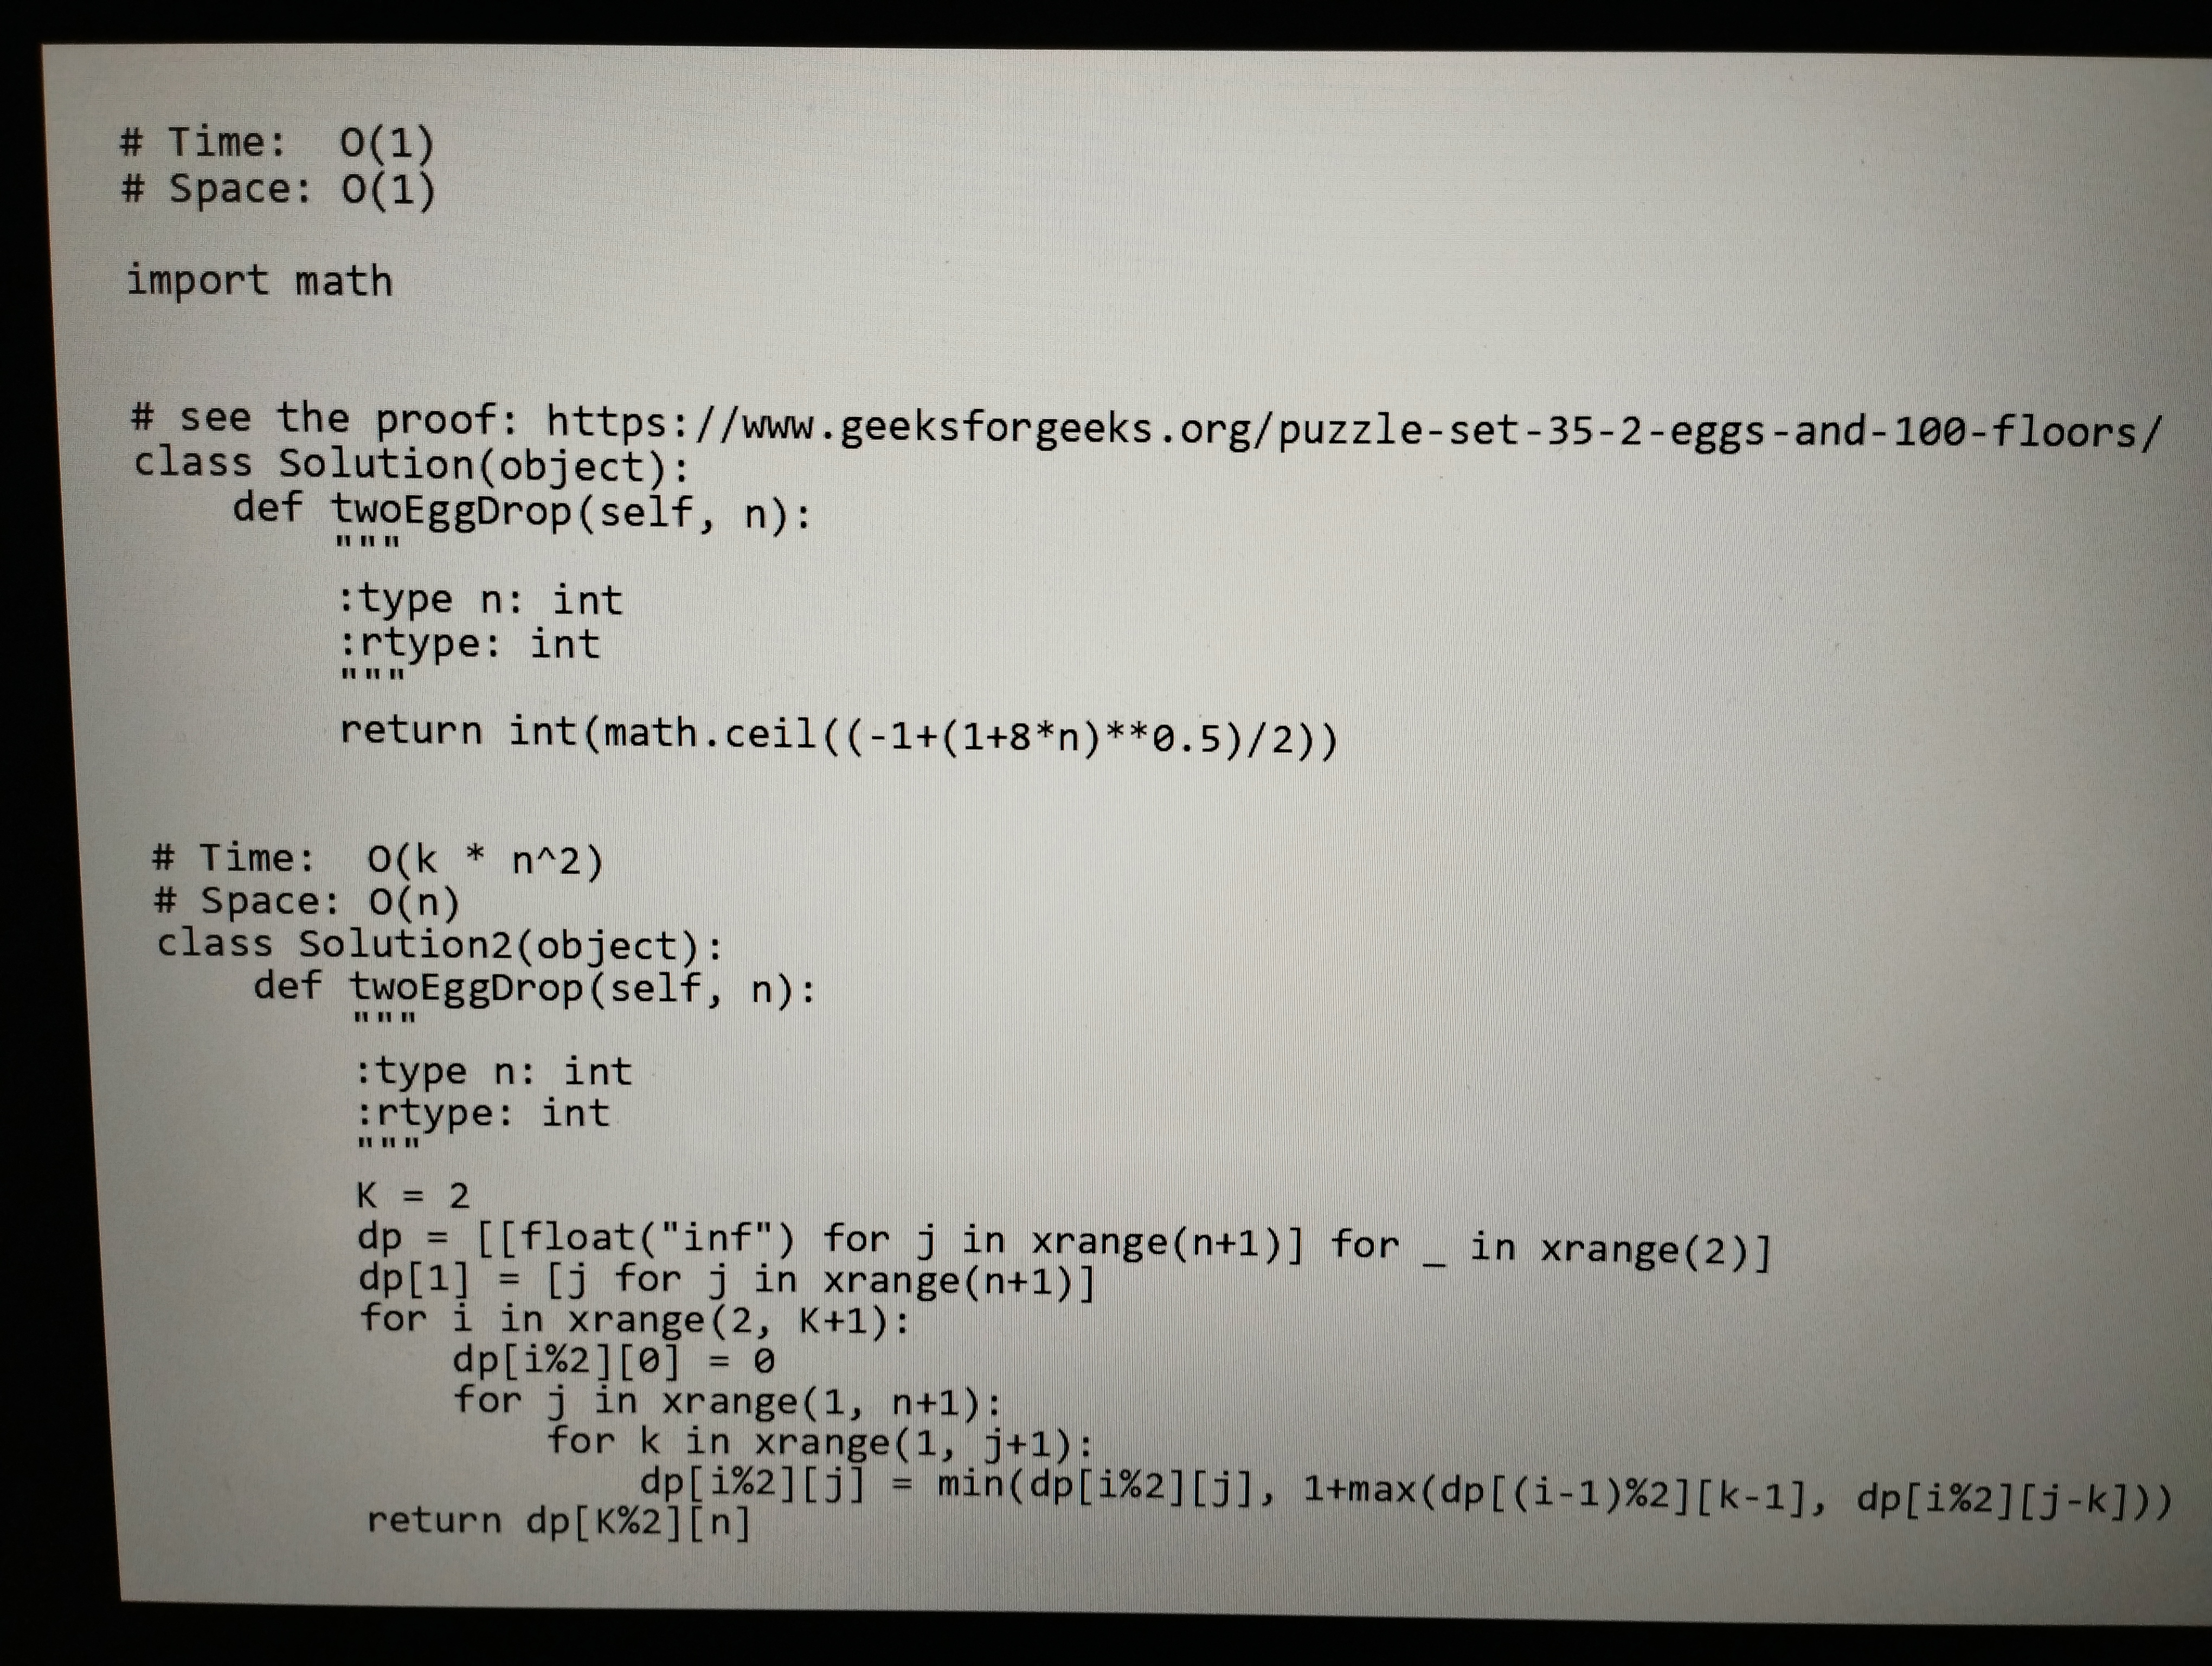
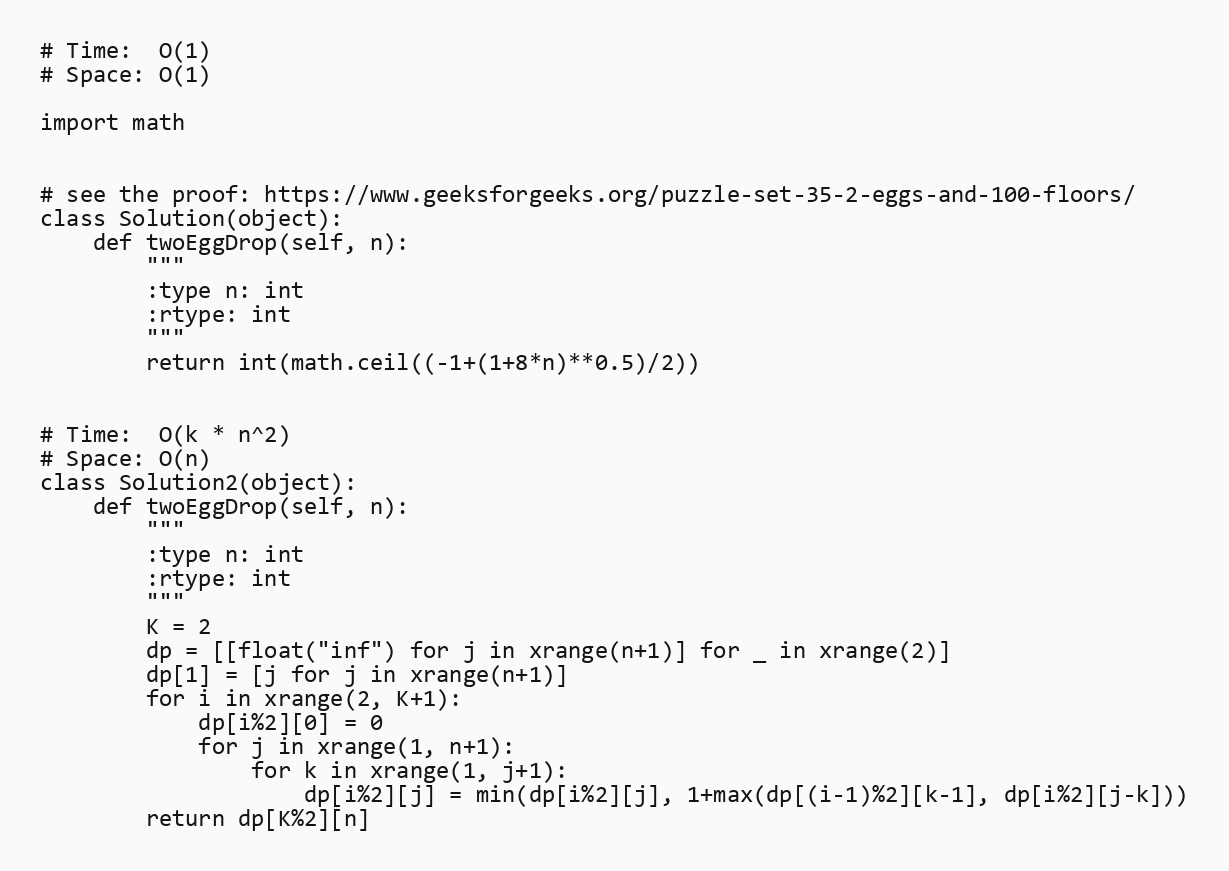
# Time:  O(1)
# Space: O(1)

import math

# see the proof: https://www.geeksforgeeks.org/puzzle-set-35-2-eggs-and-100-floors/
class Solution(object):
    def twoEggDrop(self, n):
        """
        :type n: int
        :rtype: int
        """
        return int(math.ceil((-1+(1+8*n)**0.5)/2))

# Time:  O(k * n^2)
# Space: O(n)
class Solution2(object):
    def twoEggDrop(self, n):
        """
        :type n: int
        :rtype: int
        """
        K = 2
        dp = [[float("inf") for j in xrange(n+1)] for _ in xrange(2)]
        dp[1] = [j for j in xrange(n+1)]
        for i in xrange(2, K+1):
            dp[i%2][0] = 0
            for j in xrange(1, n+1):
                for k in xrange(1, j+1):
                    dp[i%2][j] = min(dp[i%2][j], 1+max(dp[(i-1)%2][k-1], dp[i%2][j-k]))
        return dp[K%2][n]